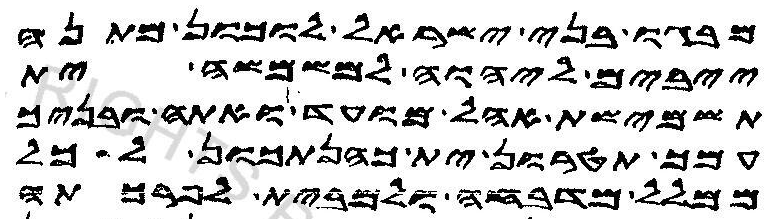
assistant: מבגו בני ישראל לוכון מתנה
ייבים ליהוה למשמשה ית
תשמישת אהל מועד ואתה ובניך
עמך תטרון ית כהנתכון לכל
ממלל מדבחה ולמבית לפרכתה